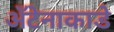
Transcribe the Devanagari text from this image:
अँटेनाकाडे